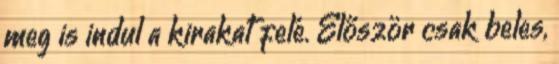
meg is indul a kirakat felé. Először csak beles,